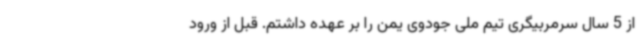
از 5 سال سرمربیگری تیم ملی جودوی یمن را بر عهده داشتم. قبل از ورود